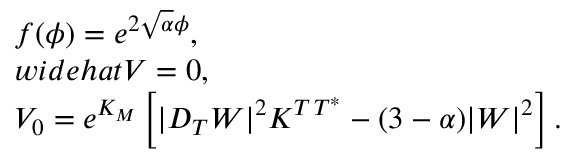
\left. \begin{array} { l } { { f ( \phi ) = e ^ { 2 \sqrt \alpha \phi } , \ } } \\ { { w i d e h a t { V } = 0 , } } \\ { { V _ { 0 } = e ^ { K _ { M } } \left[ | D _ { T } W | ^ { 2 } K ^ { T \, T ^ { * } } - ( 3 - \alpha ) | W | ^ { 2 } \right] . } } \end{array} \right.